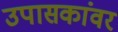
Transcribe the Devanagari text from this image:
उपासकांवर